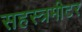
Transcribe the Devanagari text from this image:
सहस्त्रमीटर